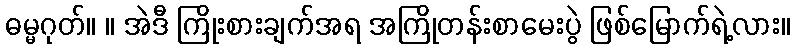
ဓမ္မဂုတ်။ ။ အဲဒီ ကြိုးစားချက်အရ အကြိုတန်းစာမေးပွဲ ဖြစ်မြောက်ရဲ့လား။